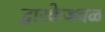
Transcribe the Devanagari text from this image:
द्वारकेजवळ